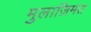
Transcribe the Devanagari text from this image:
मुलाज़िमत